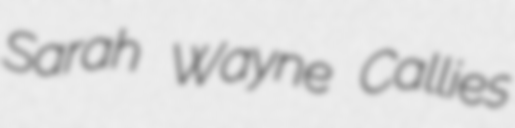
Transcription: Sarah Wayne Callies